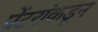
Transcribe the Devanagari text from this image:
पेंटरांकडून